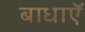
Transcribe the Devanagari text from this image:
बाधाऍ